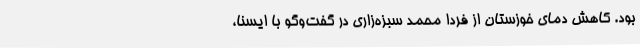
بود. کاهش دمای خوزستان از فردا محمد سبزه‌زاری در گفت‌وگو با ایسنا،